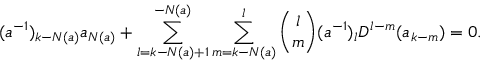
( a ^ { - 1 } ) _ { k - N ( a ) } a _ { N ( a ) } + \sum _ { l = k - N ( a ) + 1 } ^ { - N ( a ) } \sum _ { m = k - N ( a ) } ^ { l } { \binom { l } { m } } ( a ^ { - 1 } ) _ { l } D ^ { l - m } ( a _ { k - m } ) = 0 .